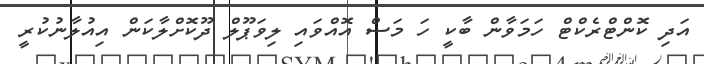
އަދި ކޮންޓްރެކްޓް ހަމަވާން ބާކީ ހަ މަސް އޮއްވައި ލިވަޕޫލް ދޫކޮށްލާކަން އިއުލާނުކުރީ